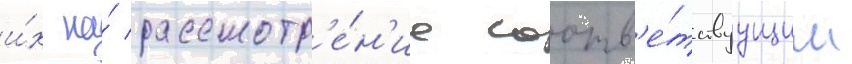
и́х на́ рассмотр'е́н'ие соотв'е́тствуущим